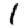
Digit: 1